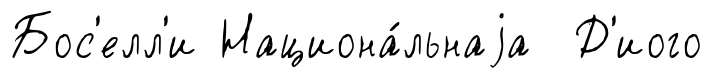
Бос'елл'и Национа́льнаjа Д'иого